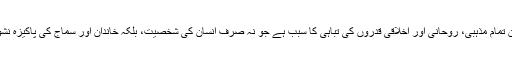
حب ذات کا یہ بے لگام جذبہ ہی ان تمام مذہبی، روحانی اور اخلاقی قدروں کی تباہی کا سبب ہے جو نہ صرف انسان کی شخصیت، بلکہ خاندان اور سماج کی پاکیزہ نشوو نما کے لیے بھی ضروری ہیں۔